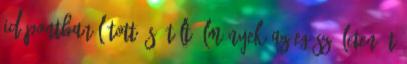
időpontban látott és átélt élmények az egész életen át